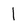
Character: l